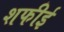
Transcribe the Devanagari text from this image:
शफीई